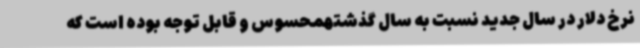
نرخ دلار در سال جدید نسبت به سال گذشتهمحسوس و قابل توجه بوده است که